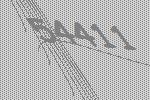
54411